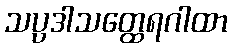
သပ္ပဒါသတ္ထေရဂါထာ